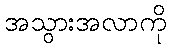
အသွားအလာကို